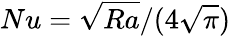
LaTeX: Nu=\sqrt{Ra}/(4\sqrt{\pi})